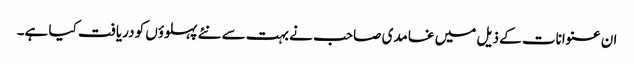
ان عنوانات کے ذیل میں غامدی صاحب نے بہت سے نئے پہلوؤں کو دریافت کیا ہے۔